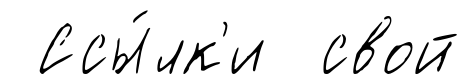
Ссы́лк'и свой